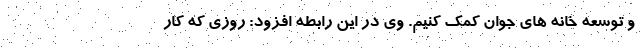
و توسعه خانه های جوان کمک کنیم. وی در این رابطه افزود: روزی که کار